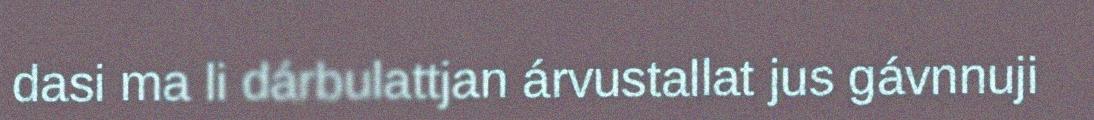
dasi ma li dárbulattjan árvustallat jus gávnnuji